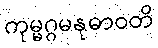
ကုမ္မဂ္ဂမနုဓာဝတိ